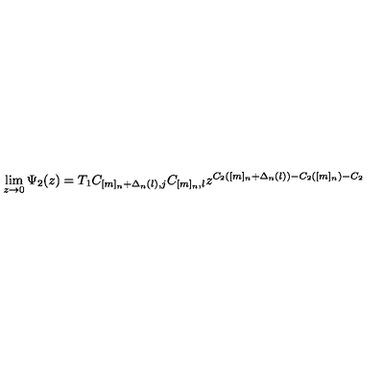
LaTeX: \lim _ { z \rightarrow 0 } \Psi _ { 2 } ( z ) = T _ { 1 } C _ { [ m ] _ { n } + \Delta _ { n } ( l ) , j } C _ { [ m ] _ { n } , l } z ^ { C _ { 2 } ( [ m ] _ { n } + \Delta _ { n } ( l ) ) - C _ { 2 } ( [ m ] _ { n } ) - C _ { 2 } }